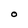
Character: O